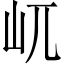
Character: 屼